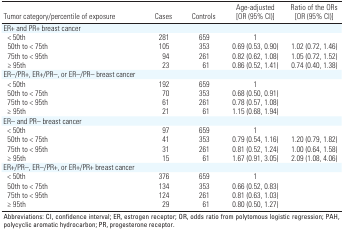
<table><thead><tr><td><b>Tumor category/percentile of exposure</b></td><td><b>Cases</b></td><td><b>Controls</b></td><td><b>Age-adjusted [OR (95% CI)]</b></td><td><b>Ratio of the ORs [OR (95% CI)]</b></td></tr></thead><tbody><tr><td><b>ER+ and PR+ breast cancer</b></td></tr><tr><td><b>&lt; 50th </b></td><td>281</td><td>659</td><td>1</td></tr><tr><td><b>50th to &lt; 75th </b></td><td>105</td><td>353</td><td>0.69 (0.53, 0.90)</td><td>1.02 (0.72, 1.46)</td></tr><tr><td><b>75th to &lt; 95th </b></td><td>94</td><td>261</td><td>0.82 (0.62, 1.08)</td><td>1.05 (0.72, 1.52)</td></tr><tr><td><b>≥ 95th </b></td><td>23</td><td>61</td><td>0.86 (0.52, 1.41)</td><td>0.74 (0.40, 1.38)</td></tr><tr><td><b>ER–/PR+, ER+/PR–, or ER–/PR– breast cancer</b></td></tr><tr><td><b>&lt; 50th </b></td><td>192</td><td>659</td><td>1</td></tr><tr><td><b>50th to &lt; 75th </b></td><td>70</td><td>353</td><td>0.68 (0.50, 0.91)</td></tr><tr><td><b>75th to &lt; 95th </b></td><td>61</td><td>261</td><td>0.78 (0.57, 1.08)</td></tr><tr><td><b>≥ 95th </b></td><td>21</td><td>61</td><td>1.15 (0.68, 1.94)</td></tr><tr><td><b>ER– and PR– breast cancer</b></td></tr><tr><td><b>&lt; 50th </b></td><td>97</td><td>659</td><td>1</td></tr><tr><td><b>50th to &lt; 75th </b></td><td>41</td><td>353</td><td>0.79 (0.54, 1.16)</td><td>1.20 (0.79, 1.82)</td></tr><tr><td><b>75th to &lt; 95th </b></td><td>31</td><td>261</td><td>0.81 (0.52, 1.24)</td><td>1.00 (0.64, 1.58)</td></tr><tr><td><b>≥ 95th </b></td><td>15</td><td>61</td><td>1.67 (0.91, 3.05)</td><td>2.09 (1.08, 4.06)</td></tr><tr><td><b>ER+/PR–, ER–/PR+, or ER+/PR+ breast cancer</b></td></tr><tr><td><b>&lt; 50th </b></td><td>376</td><td>659</td><td>1</td></tr><tr><td><b>50th to &lt; 75th </b></td><td>134</td><td>353</td><td>0.66 (0.52, 0.83)</td></tr><tr><td><b>75th to &lt; 95th </b></td><td>124</td><td>261</td><td>0.81 (0.63, 1.03)</td></tr><tr><td><b>≥ 95th </b></td><td>29</td><td>61</td><td>0.80 (0.50, 1.27)</td></tr><tr><td colspan="5">Abbreviations: CI, confidence interval; ER, estrogen receptor; OR, odds ratio from polytomous logistic regression; PAH, polycyclic aromatic hydrocarbon; PR, progesterone receptor.</td></tr></tbody></table>